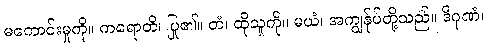
မကောင်းမှုကို။ ကရောတိ၊ ပြု၏။ တံ၊ ထိုသူကို။ မယံ၊ အကျွန်ုပ်တို့သည်။ ဒိဂုဏံ၊